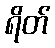
ရိတ်